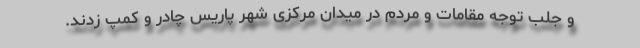
و جلب توجه مقامات و مردم در میدان مرکزی شهر پاریس چادر و کمپ زدند.